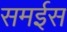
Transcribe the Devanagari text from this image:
समईस